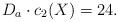
LaTeX: \begin{align*}D_a \cdot c_2(X) =24. \end{align*}